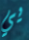
يي